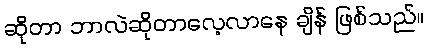
ဆိုတာ ဘာလဲဆိုတာလေ့လာနေ ချိန် ဖြစ်သည်။